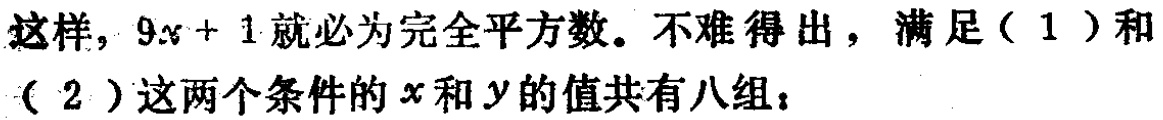
这样，\(9x + 1\)就必为完全平方数。不难得出，满足（1）和（2）这两个条件的\(x\)和\(y\)的值共有八组：